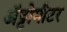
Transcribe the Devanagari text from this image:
अॅट्टोमीटर